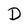
Character: D